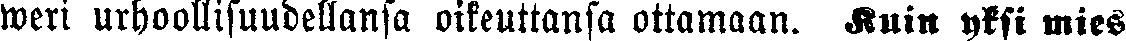
weri urhoollisuudellansa oikeuttansa ottamaan. Kuin yksi mies